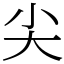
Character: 尖